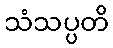
သံသပ္ပတိ